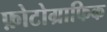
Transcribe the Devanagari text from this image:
फ़ोटोग्राफिक